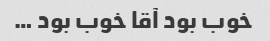
خوب بود آقا خوب بود …